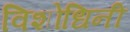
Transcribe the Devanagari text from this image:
विशोधिनी